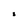
Character: 8